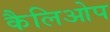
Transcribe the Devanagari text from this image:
कैलिओप